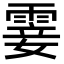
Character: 霎